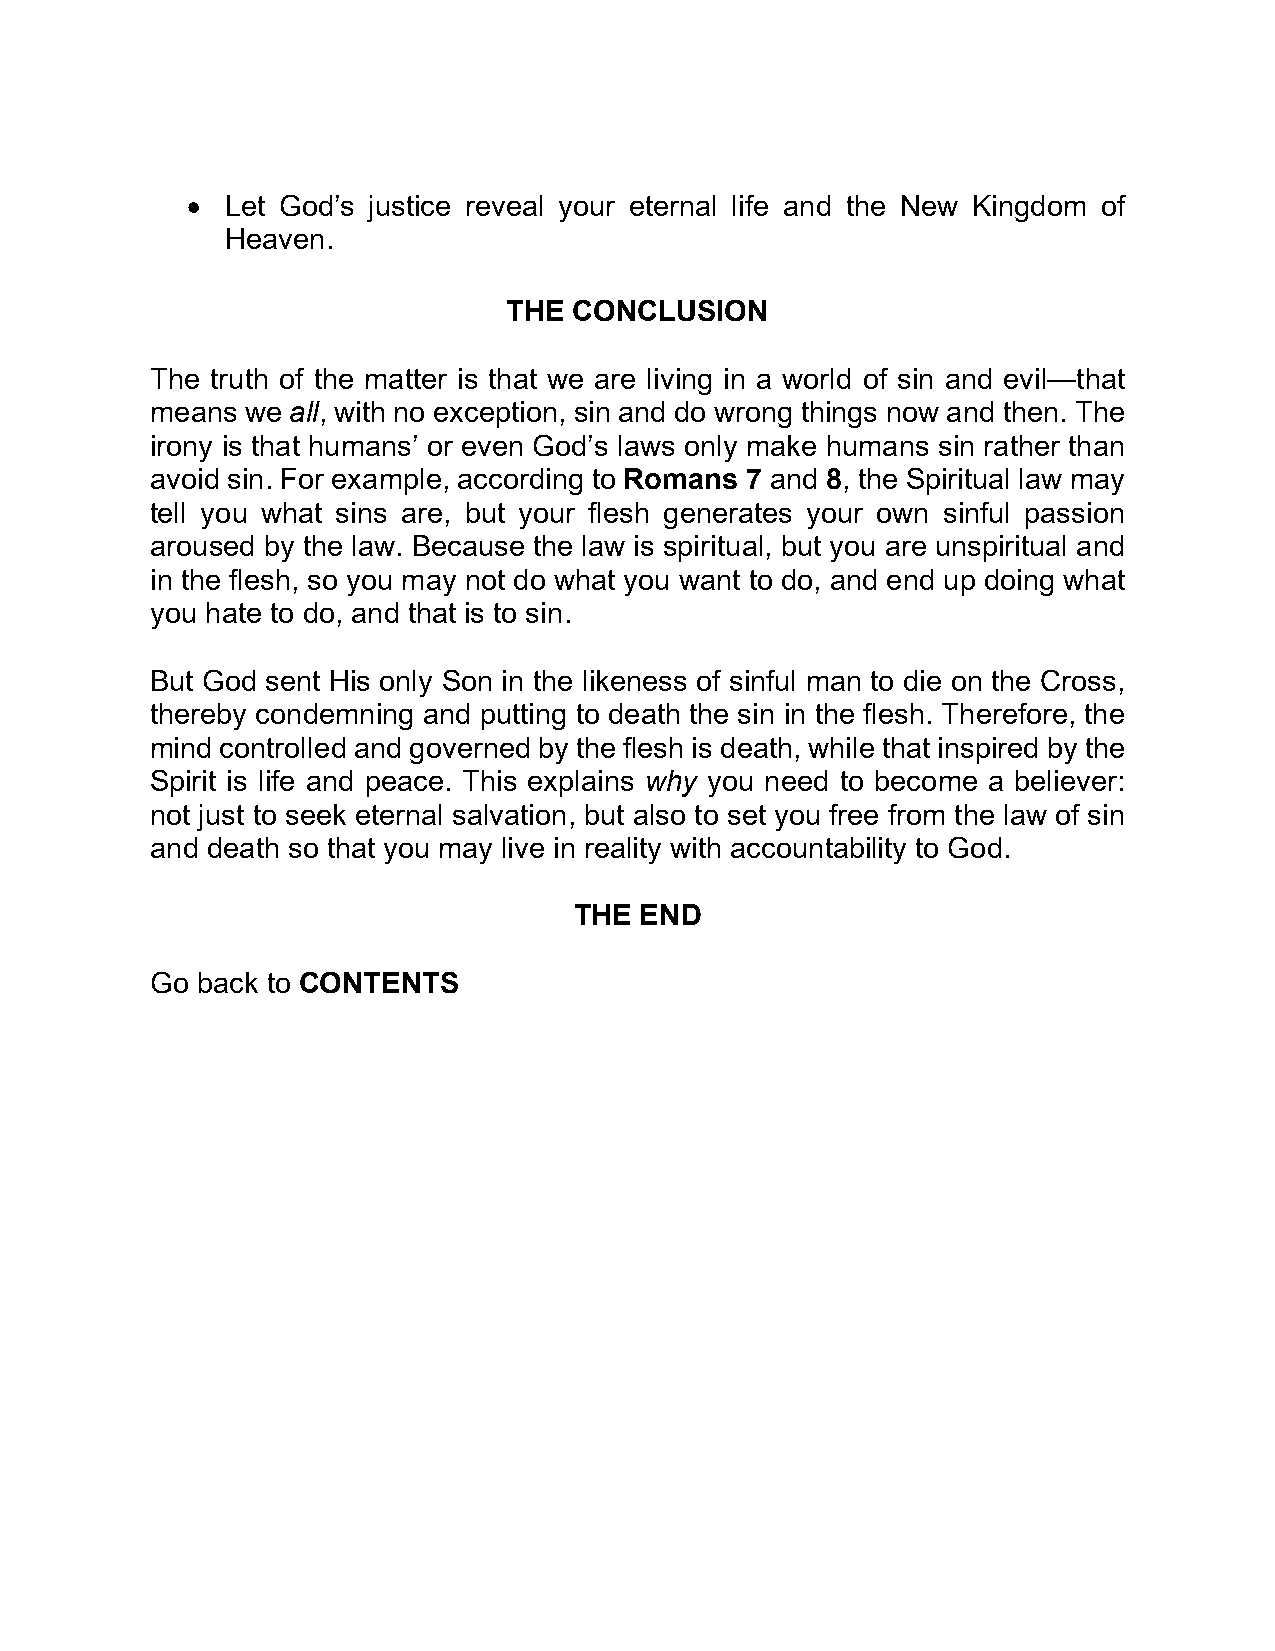
•  Let God’s justice reveal your eternal life and the New Kingdom of
 Heaven.
 THE CONCLUSION
 The truth of the matter is that we are living in a world of sin and evil—that
 means we all, with no exception, sin and do wrong things now and then. The
 irony is that humans’ or even God’s laws only make humans sin rather than
 avoid sin. For example, according to Romans 7 and 8, the Spiritual law may
 tell you what sins are, but your flesh generates your own sinful passion
 aroused by the law. Because the law is spiritual, but you are unspiritual and
 in the flesh, so you may not do what you want to do, and end up doing what
 you hate to do, and that is to sin.
 But God sent His only Son in the likeness of sinful man to die on the Cross,
 thereby condemning and putting to death the sin in the flesh. Therefore, the
 mind controlled and governed by the flesh is death, while that inspired by the
 Spirit is life and peace. This explains why you need to become a believer:
 not just to seek eternal salvation, but also to set you free from the law of sin
 and death so that you may live in reality with accountability to God.
 THE END
 Go back to CONTENTS